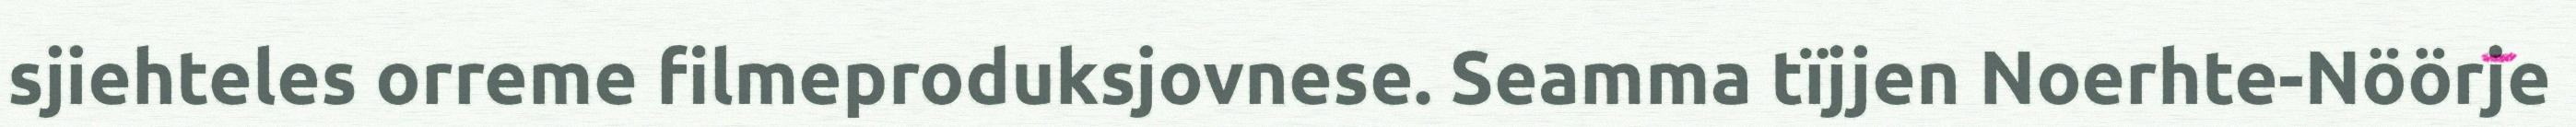
sjiehteles orreme filmeproduksjovnese. Seamma tïjjen Noerhte-Nöörje